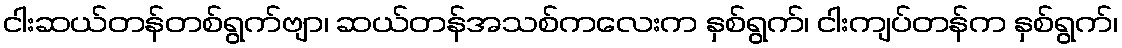
ငါးဆယ်တန်တစ်ရွက်ဗျာ၊ ဆယ်တန်အသစ်ကလေးက နှစ်ရွက်၊ ငါးကျပ်တန်က နှစ်ရွက်၊